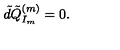
\tilde { d } \tilde { Q } _ { I _ { m } } ^ { ( m ) } = 0 .